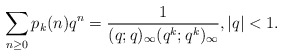
\begin{align*}\sum_{n\ge 0}p_k(n)q^n=\frac{1}{(q;q)_\infty(q^k;q^k)_\infty},|q|<1.\end{align*}